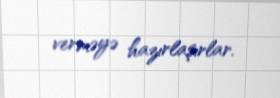
verməyə hazırlaşırlar.